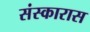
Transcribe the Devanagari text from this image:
संस्कारास